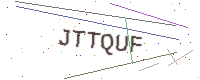
Text: JTTQUF